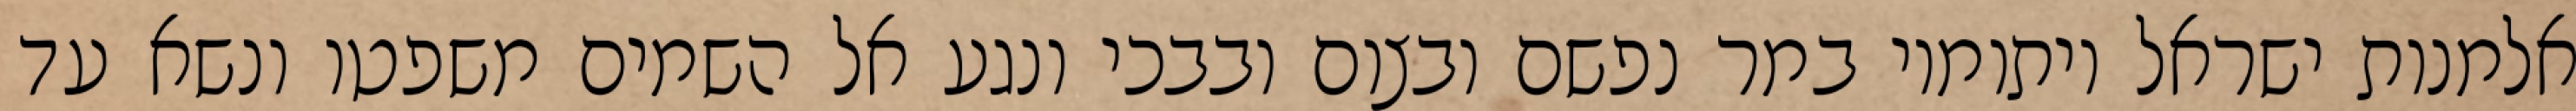
אלמנות ישראל ויתומיו במר נפשם ובצום ובבכי ונגע אל השמים משפטו ונשא עד